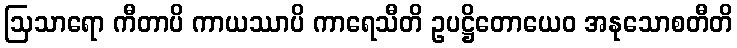
ဩသာရော ကီတာပိ ကာယဿာပိ ကာရေသီတိ ဥပဋ္ဌိတောယေဝ အနုသောစတီတိ